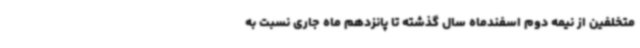
متخلفین از نیمه دوم اسفندماه سال گذشته تا پانزدهم ماه جاری نسبت به